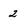
Character: 2